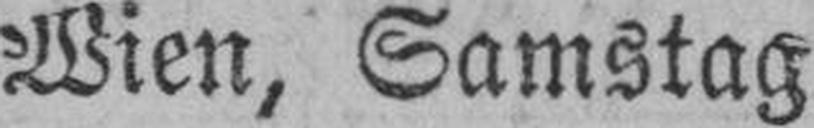
Wien, Samstag